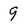
Character: 9